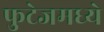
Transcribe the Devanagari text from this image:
फुटेजमध्ये